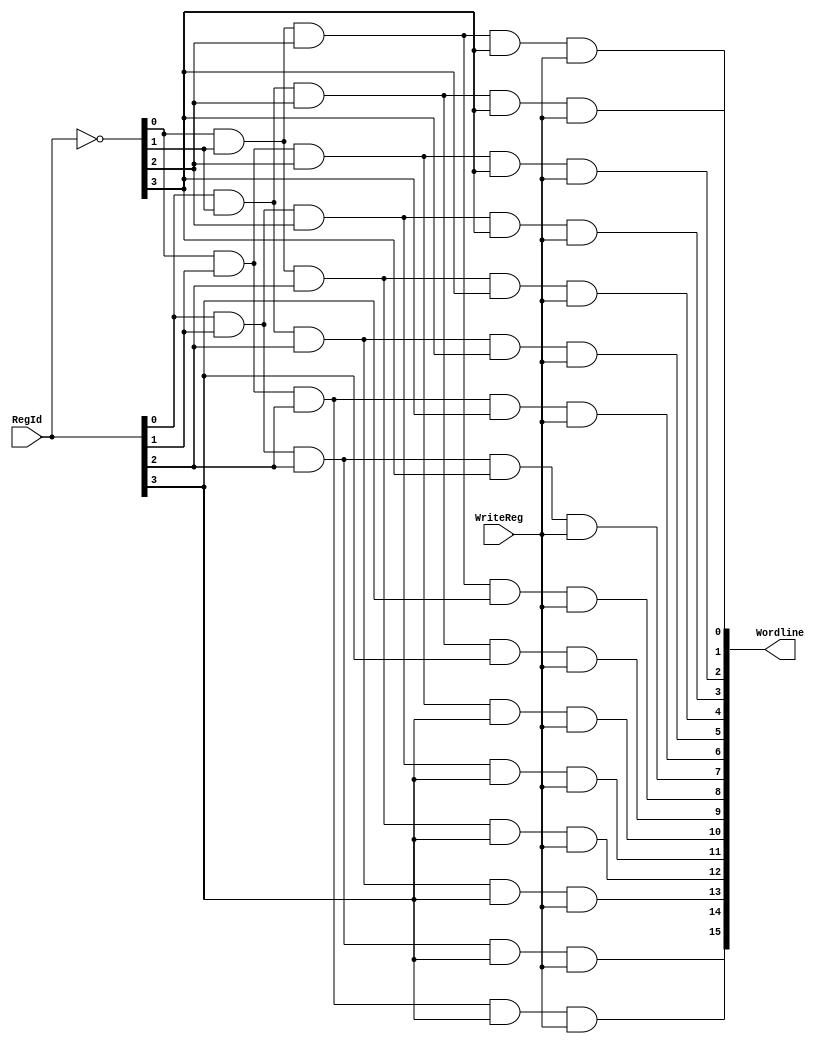
module WriteDecoder_4_16(RegId, WriteReg, Wordline);

input [3:0] RegId;
input WriteReg;

output [15:0] Wordline;

// Internal Signals
wire [3:0] not_reg;

// Same as read decoder, but set bit is determined by value of WriteReg

assign not_reg = ~RegId;

assign Wordline[0] = not_reg[0] & not_reg[1] & not_reg[2] & not_reg[3] & WriteReg;
assign Wordline[1] = RegId[0] & not_reg[1] & not_reg[2] & not_reg[3] & WriteReg;
assign Wordline[2] = not_reg[0] & RegId[1] & not_reg[2] & not_reg[3] & WriteReg;
assign Wordline[3] = RegId[0] & RegId[1] & not_reg[2] & not_reg[3] & WriteReg;
assign Wordline[4] = not_reg[0] & not_reg[1] & RegId[2] & not_reg[3] & WriteReg;
assign Wordline[5] = RegId[0] & not_reg[1] & RegId[2] & not_reg[3] & WriteReg;
assign Wordline[6] = not_reg[0] & RegId[1] & RegId[2] & not_reg[3] & WriteReg;
assign Wordline[7] = RegId[0] & RegId[1] & RegId[2] & not_reg[3] & WriteReg;
assign Wordline[8] = not_reg[0] & not_reg[1] & not_reg[2] & RegId[3] & WriteReg;
assign Wordline[9] = RegId[0] & not_reg[1] & not_reg[2] & RegId[3] & WriteReg;
assign Wordline[10] = not_reg[0] & RegId[1] & not_reg[2] & RegId[3] & WriteReg;
assign Wordline[11] = RegId[0] & RegId[1] & not_reg[2] & RegId[3] & WriteReg;
assign Wordline[12] = not_reg[0] & not_reg[1] & RegId[2] & RegId[3] & WriteReg;
assign Wordline[13] = RegId[0] & not_reg[1] & RegId[2] & RegId[3] & WriteReg;
assign Wordline[14] = not_reg[0] & RegId[1] & RegId[2] & RegId[3] & WriteReg;
assign Wordline[15] = RegId[0] & RegId[1] & RegId[2] & RegId[3] & WriteReg;		  
		  
endmodule